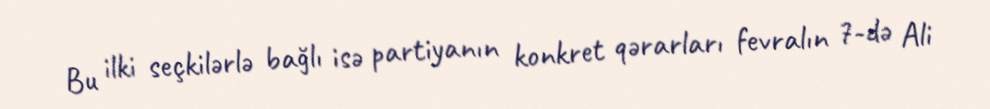
Bu ilki seçkilərlə bağlı isə partiyanın konkret qərarları fevralın 7-də Ali